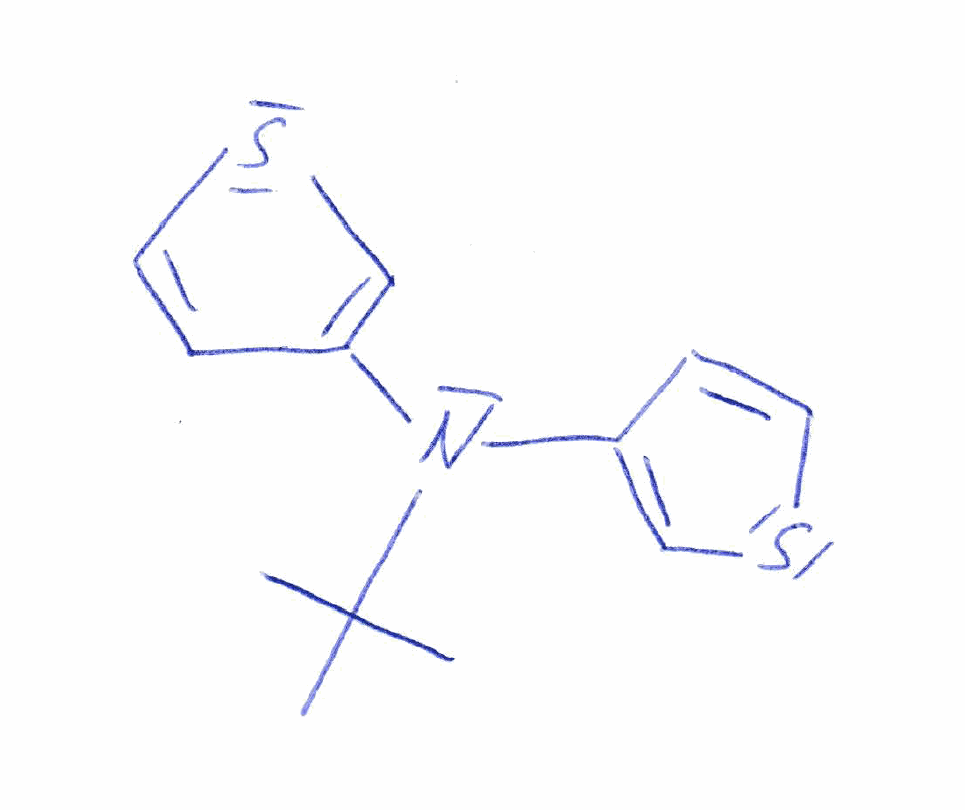
Simplified molecular-input line-entry system (SMILES) notation of the given molecule:
CC(C)(C)N(C1=CSC=C1)C2=CSC=C2